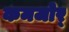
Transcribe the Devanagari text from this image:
कमजोर्